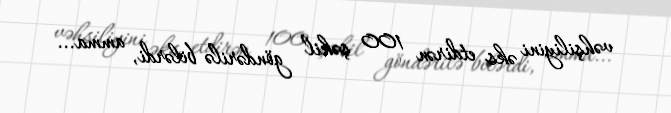
vəhşiliyini əks etdirən 100 şəkil göndərilə bilərdi, amma...